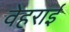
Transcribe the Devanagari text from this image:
वेहराई